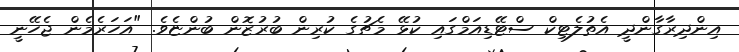
އިންދިރާގާންދީ އެތުލެޓިކް ސްޓޭޑިއަމްގައި ކުޅޭ މެޗުގެ ކުރިން ބުރުޒޮން ބުންޏެވެ. "އަހަރެމެން ޖެހޭނީ